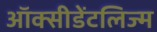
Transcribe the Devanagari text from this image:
ऑक्सीडेंटलिज्म